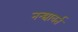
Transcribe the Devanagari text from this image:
नन्द्यावर्त